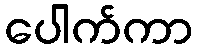
ပေါက်ကာ